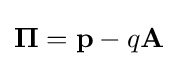
\mathbf {\Pi } =\mathbf {p} -q\mathbf {A}